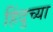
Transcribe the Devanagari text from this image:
हिंदुच्या